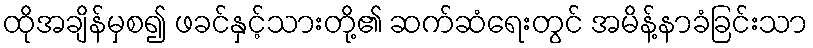
ထိုအချိန်မှစ၍ ဖခင်နှင့်သားတို့၏ ဆက်ဆံရေးတွင် အမိန့်နာခံခြင်းသာ